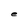
Character: e